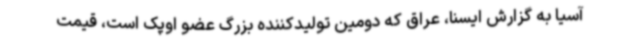
آسیا به گزارش ایسنا، عراق که دومین تولیدکننده بزرگ عضو اوپک است، قیمت